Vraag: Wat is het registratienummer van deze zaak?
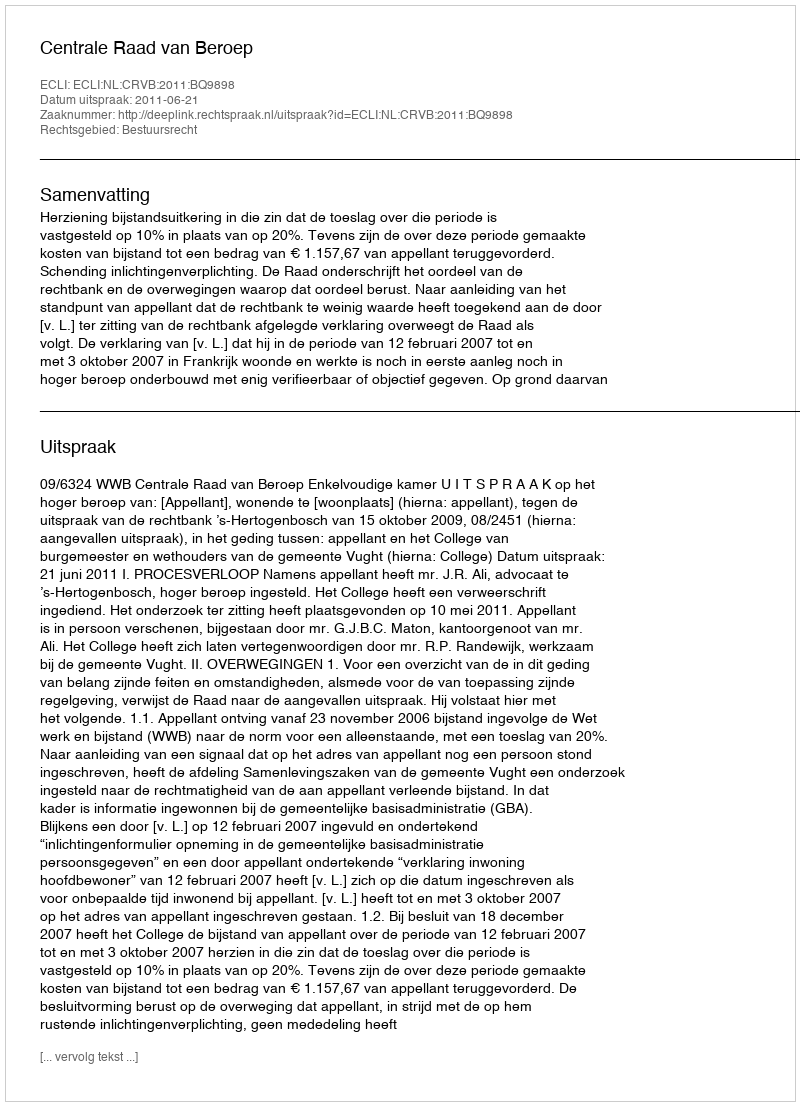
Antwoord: http://deeplink.rechtspraak.nl/uitspraak?id=ECLI:NL:CRVB:2011:BQ9898